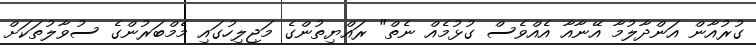
ގުރުއާން އަންދާލުމާ އޭނާއާ އެއްވެސް ގުޅުމެއް ނެތް" ރައްޔިތުންގެ މަޖިލިހުގައި މެމްބަރުންގެ ސުވާލުތަކަށް